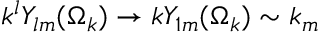
k ^ { l } Y _ { l m } ( \Omega _ { k } ) \to k Y _ { 1 m } ( \Omega _ { k } ) \sim k _ { m }